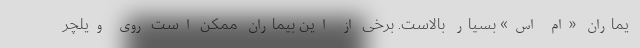
یماران «ام اس» بسیار بالاست. برخی از این بیماران ممکن است روی ویلچر